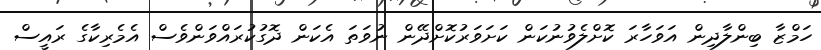
ހަމްޒާ ބިންލާދިން އަވަހާރަ ކޮށްލެވުނުކަން ކަށަވަރުކޮށްދޭން ނުވަތަ އެކަން ދޮގުކުރައްވަންވެސް އެމެރިކާގެ ރައީސް